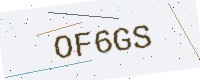
Text: OF6GS